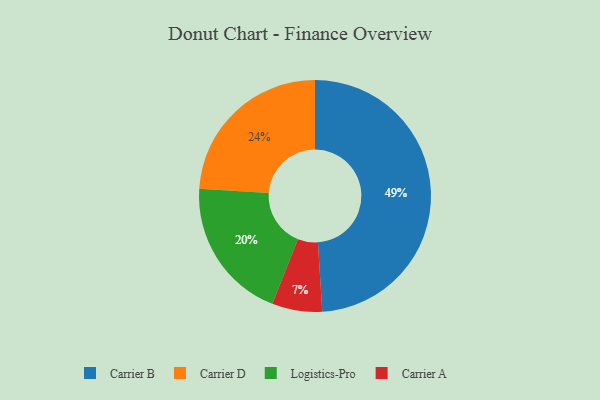
{"axis": {"x": "Category", "y": "Percentage"}, "legend": ["Carrier A", "Carrier B", "Carrier D", "Logistics-Pro"], "data": [{"x": "Carrier A", "y": 7, "type": "Carrier A"}, {"x": "Carrier B", "y": 49, "type": "Carrier B"}, {"x": "Logistics-Pro", "y": 20, "type": "Logistics-Pro"}, {"x": "Carrier D", "y": 24, "type": "Carrier D"}]}